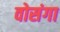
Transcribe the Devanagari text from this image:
वोसंगा